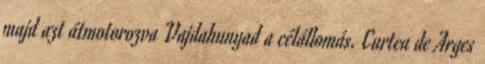
majd azt átmotorozva Vajdahunyad a célállomás. Curtea de Arges